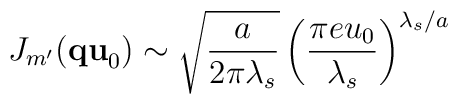
J_{m^{\prime }}({\bf qu}_{0})\sim \sqrt{\frac{a}{2\pi \lambda_{s}}}\left( \frac{\pi eu_{0}}{\lambda _{s}}\right) ^{\lambda_{s}/a}